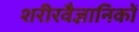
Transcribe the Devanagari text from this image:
शरीरवैज्ञानिकों